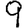
Digit: 9